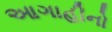
આગાહીનો